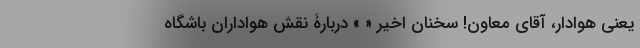
یعنی هوادار، آقای معاون! سخنان اخیر « » دربارۀ نقش هواداران باشگاه